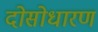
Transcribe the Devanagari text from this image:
दोसोधारण